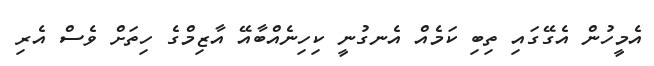
އެމީހުން އެގޭގައި ތިބި ކަމެއް އެނގުނީ ކިހިނެއްބާއޭ އާޒިމްގެ ހިތަށް ވެސް އެރި